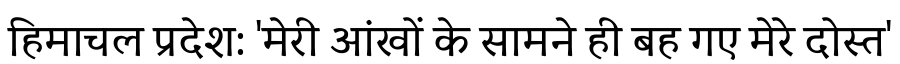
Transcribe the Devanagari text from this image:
हिमाचल प्रदेश: 'मेरी आंखों के सामने ही बह गए मेरे दोस्त'